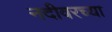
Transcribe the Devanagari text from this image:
नदीवरच्या